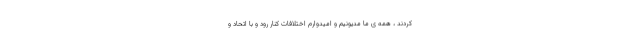
کردند ، همه ی ما مدیونیم و امیدوارم اختلافات کنار رود و با اتحاد و